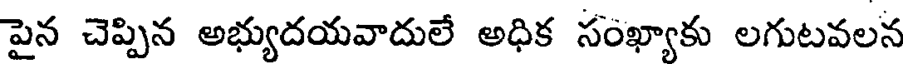
పైన చెప్పిన అభ్యుదయవాదులే అధిక సంఖ్యాకు లగుటవలన